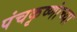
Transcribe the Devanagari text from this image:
पंचकृष्णांच्या